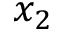
x _ { 2 }